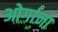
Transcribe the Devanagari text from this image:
ओर्गाना